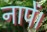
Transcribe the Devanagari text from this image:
नापें।